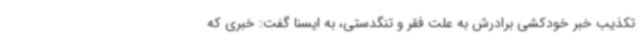
تکذیب خبر خودکشی برادرش به علت فقر و تنگدستی، به ایسنا گفت: خبری که